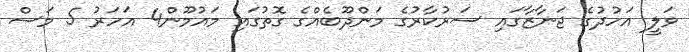
ވަލީ އަހުދުގެ ޖަނާޒާގައި ސަރުކާރުގެ މަންދޫބެއްގެ ގޮތުގައި މައުމޫން4 އަހަރު 5 މަސް